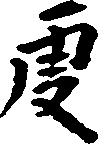
庚